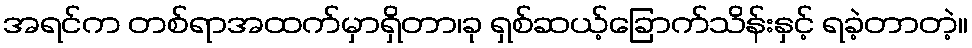
အရင်က တစ်ရာအထက်မှာရှိတာ၊ခု ရှစ်ဆယ့်ခြောက်သိန်းနှင့် ရခဲ့တာတဲ့။